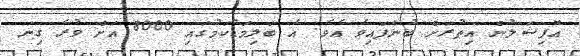
އޮފިޝަލުން އިތުރަށް ބުނެފައިވެ އެވެ. އެ ބަލިމަޑުކަމުގައި 8000 އަށް ވުރެ ގިނަ